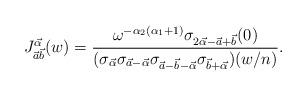
LaTeX: \begin{align*}J_{\vec{a}\vec{b}}^{\vec{\alpha }}(w)=\frac{\omega ^{-\alpha _2 (\alpha _1+1)}\sigma_{2\vec{\alpha } -\vec{a}+\vec{b}}(0)}{(\sigma_{\vec{\alpha }}\sigma_{\vec{a}-\vec{\alpha }}\sigma_{\vec{a}-\vec{b}-\vec{\alpha }}\sigma_{\vec{b}+\vec{\alpha }})(w/n)}.\end{align*}